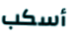
أسكب